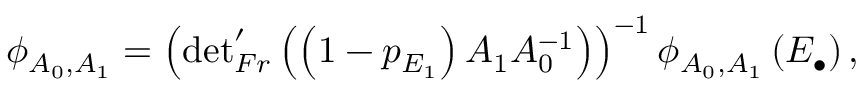
\phi _ { A _ { 0 } , A _ { 1 } } = \left( { \operatorname * { d e t } } _ { F r } ^ { \prime } \left( \left( 1 - p _ { E _ { 1 } } \right) A _ { 1 } A _ { 0 } ^ { - 1 } \right) \right) ^ { - 1 } \phi _ { A _ { 0 } , A _ { 1 } } \left( E _ { \bullet } \right) ,